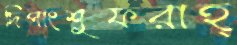
দিপাংশুফরাহ্